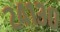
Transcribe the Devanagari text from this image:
२४१३०